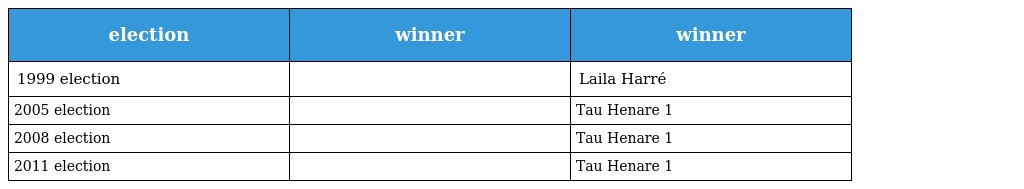
| election | winner | winner |
 | --- | --- | --- |
 | 1999 election |  | Laila Harré |
 | 2005 election |  | Tau Henare 1 |
 | 2008 election |  | Tau Henare 1 |
 | 2011 election |  | Tau Henare 1 |